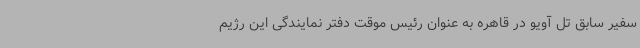
سفیر سابق تل آویو در قاهره به عنوان رئیس موقت دفتر نمایندگی این رژیم